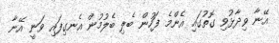
އޭނާ ވިދާޅުވި ގޮތުގައި އެންމެ ފަހުން ބެލި ބެލުމުން އެނގިފައި ވަނީ އޭނާ